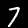
Digit: 7